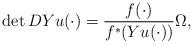
LaTeX: \begin{align*} \det DYu(\cdot) = \frac{f(\cdot)}{f^*(Yu(\cdot))} \Omega, \end{align*}